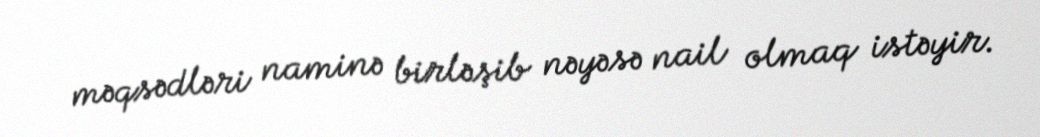
məqsədləri naminə birləşib nəyəsə nail olmaq istəyir.